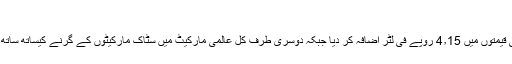
» یہ سراسر زیادتی ہے میرا پاکستان:
آج حکومت نے منصوبے کے مطابق پٹرول کی قیمتوں میں 4٫15 روپے فی لٹر اضافہ کر دیا جبکہ دوسری طرف کل عالمی مارکیٹ میں سٹاک مارکیٹوں کے گرنے کیساتھ ساتھ تیل کی قیمت بھی 3٫39 ڈالر فی بیرل گر گئی۔